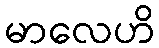
မာလေဟိ